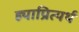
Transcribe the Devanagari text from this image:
ह्याप्रित्यर्थ